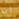
ان